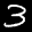
Label: 3